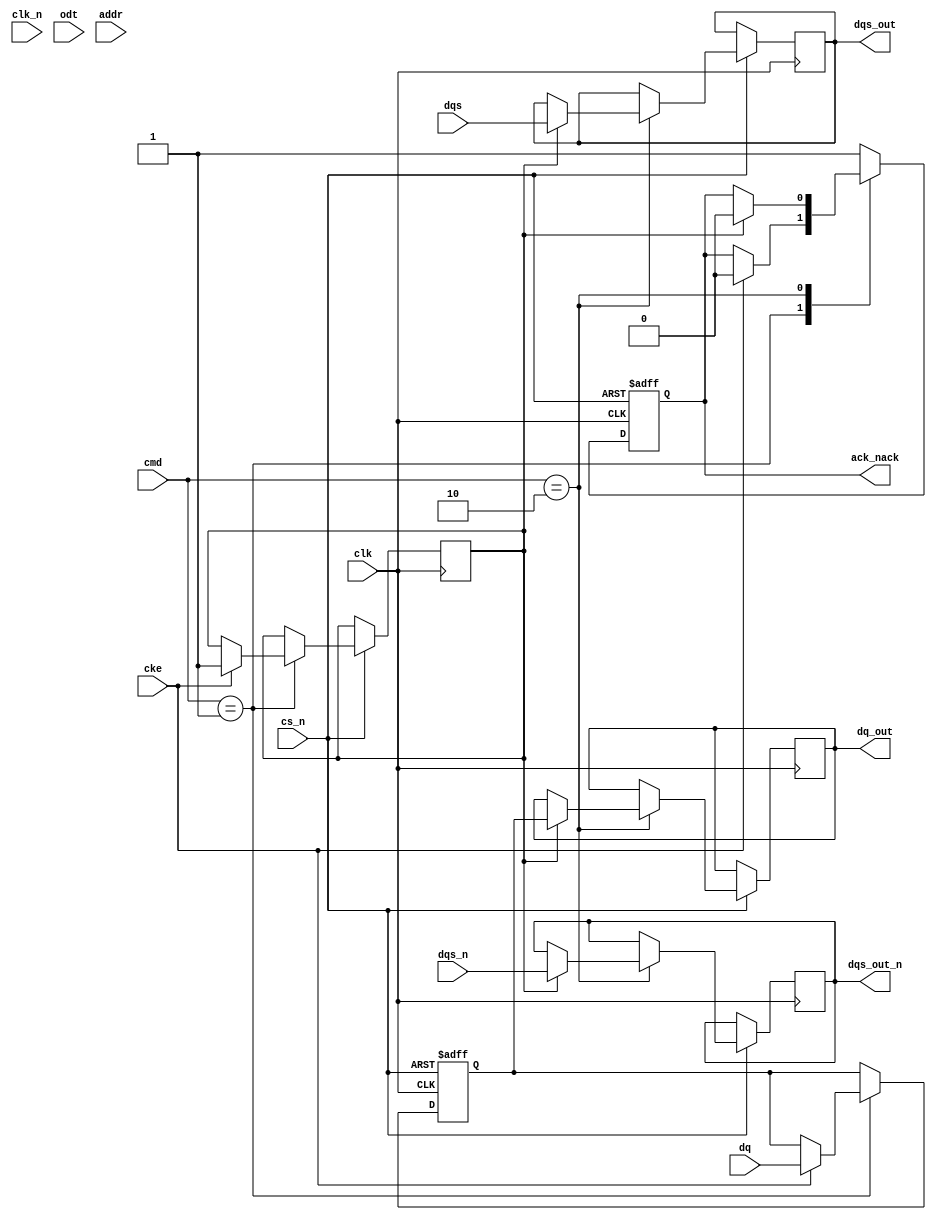
module gddr_io_block #(
    parameter DATA_WIDTH = 32, // Configurable data bus width (16, 32, or 64 bits)
    parameter ADDR_WIDTH = 16   // Address width (adjustable as per needs)
)(
    // Input Signals
    input wire clk,              // Differential clock input (CK)
    input wire clk_n,            // Differential clock input (CK#)
    input wire cke,              // Clock Enable
    input wire cs_n,             // Chip Select (active low)
    input wire odt,              // On-die termination enable
    input wire [ADDR_WIDTH-1:0] addr, // Address inputs
    input wire [3:0] cmd,        // Command inputs (simplified)
    input wire [DATA_WIDTH-1:0] dq,   // Data input lines
    input wire dqs,              // Data Strobe
    input wire dqs_n,            // Inverted Data Strobe

    // Output Signals
    output reg [DATA_WIDTH-1:0] dq_out, // Data output lines
    output reg dqs_out,           // Data Strobe output
    output reg dqs_out_n,         // Inverted Data Strobe output
    output reg ack_nack           // Acknowledgment/Negation
);

// Internal signals
reg [DATA_WIDTH-1:0] data_buffer; // Buffer for storing data
reg [ADDR_WIDTH-1:0] addr_reg;     // Register for address
reg cmd_ready;                      // Command readiness flag

// Asynchronous reset signal
always @(posedge clk or negedge cs_n) begin
    if (!cs_n) begin
        // Reset logic
        data_buffer <= 0;
        addr_reg <= 0;
        ack_nack <= 1; // Reset the acknowledgment signal
    end else begin
        // Command processing
        case (cmd)
            4'b0001: begin // Example write command
                if (cke) begin
                    data_buffer <= dq; // Buffer the data
                    addr_reg <= addr; // Store the address
                    cmd_ready <= 1;   // Command is ready
                    ack_nack <= 0;    // Acknowledge the command
                end
            end
            4'b0010: begin // Example read command
                if (cmd_ready) begin
                    dq_out <= data_buffer; // Output the buffered data
                    dqs_out <= dqs; // Drive DQS
                    dqs_out_n <= dqs_n; // Driver inverted DQS
                    ack_nack <= 0;    // Acknowledge the command
                end
            end
            default: begin
                ack_nack <= 1; // Negate acknowledgment for invalid commands
            end
        endcase
    end
end

// Timing Control Logic (This block will require PLL/DLL implementation)
always @(posedge clk or negedge cs_n) begin
    if (!cs_n) begin
        // Reset timing signals
        // Implement placeholder for PLL/DLL synchronization logic
    end else begin
        // Implement logic for signal timing control
    end
end

// Power Management Logic (Implementing Low-power management modes)
reg [1:0] power_state; // Power state register
always @(posedge clk or negedge cs_n) begin
    if (!cs_n) begin
        power_state <= 2'b00; // Active state
    end else begin
        // Transition logic for power management
        if (cke == 0) begin
            power_state <= 2'b01; // Low-power state
        end else begin
            power_state <= 2'b00; // Active state
        end
    end
end

endmodule